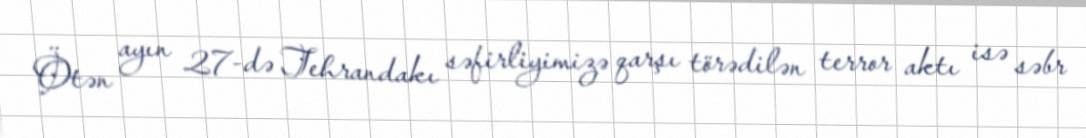
Ötən ayın 27-də Tehrandakı səfirliyimizə qarşı törədilən terror aktı isə səbr